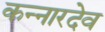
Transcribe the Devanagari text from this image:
कन्नारदेव